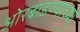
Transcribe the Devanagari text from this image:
ओरबाडण्याच्या